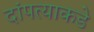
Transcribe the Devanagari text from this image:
दांपत्याकडे